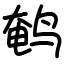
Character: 鹌